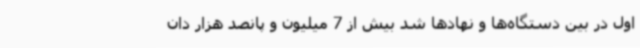
اول در بین دستگاه‌ها و نهادها شد بیش از 7 میلیون و پانصد هزار دان